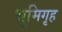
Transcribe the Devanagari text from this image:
भूमिगृह